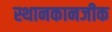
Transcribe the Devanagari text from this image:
स्थानकानजीक